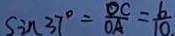
\sin 3 7 ^ { \circ } = \frac { O C } { O A } = \frac { 6 } { 1 0 . }